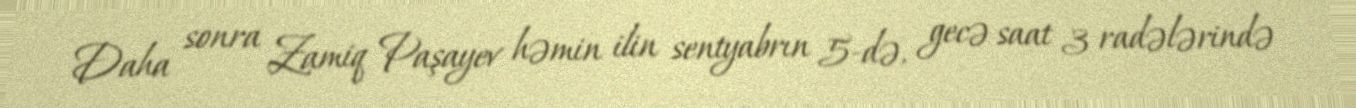
Daha sonra Zamiq Paşayev həmin ilin sentyabrın 5-də, gecə saat 3 radələrində